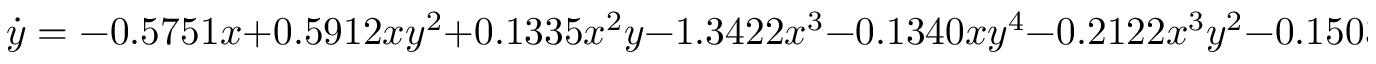
\dot { y } = - 0 . 5 7 5 1 x + 0 . 5 9 1 2 x y ^ { 2 } + 0 . 1 3 3 5 x ^ { 2 } y - 1 . 3 4 2 2 x ^ { 3 } - 0 . 1 3 4 0 x y ^ { 4 } - 0 . 2 1 2 2 x ^ { 3 } y ^ { 2 } - 0 . 1 5 0 3 x ^ { 5 }